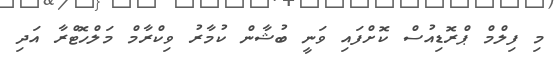
މި ފިލްމް ޕްރޮޑިއުސް ކޮށްފައި ވަނީ ބުޝާން ކުމާރު ވިކްރާމް މަލްހޮޓްރާ އަދި